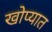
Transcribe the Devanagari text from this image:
खोप्यात